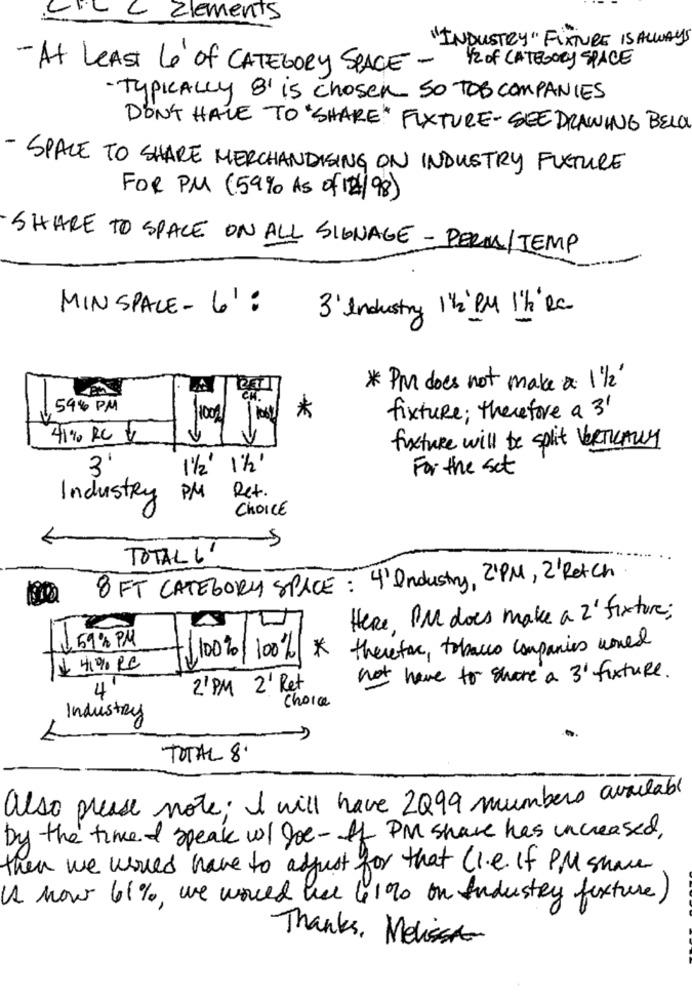
:CI'LL Elements
"INDUSTRY" FIXTURE IS ALWAYS
-At LEAST Le of CATEGORY SPACE -
1/2 of CATEGORY SPACE
- TYPICALLY 8' is chosen So TOB COMPANIES
DON'T HAVE TO "SHARE" FIXTURE- SEE DRAWING BELO
- SPACE TO SHARE MERCHANDISING ON INDUSTRY FUTURE
FOR PM (59% AS of 124/98)
SHARE TO SPACE ON ALL SIGNAGE - PERM/TEMP
MIN SPACE - 6' :
3' Industry 1 /2" PM 'h'Ra
* PM does not make a. 1 1/2"
544 PM
1001
*
fixture ; therefore a 3'
41% RC V
fixture will be split VERTICALLY
3
1/2' \'2'
For the set
Ret.
Industry
PM
CHOICE
TOTAL L'
8 FT CATEGORY SPACE : 4' Industry, 21PM, 2'Retch
Here, PM does make a 2' fixture;
1.59% PM
therefore, tobacco companies world
+100%/100/
*
not have to shore a 3' fixture.
2' PM 2' Ret
4
Choice
Industry
TOTAL 8
also please note; I will have 2Q99 numbers available
by the time I speak wl Doe- If PM share has increased,
then we usoued have to adjust for that Ci.e. If PM share
Is how 61%, we would wie 4190 on Industry fixture)
Thanks, Melissa